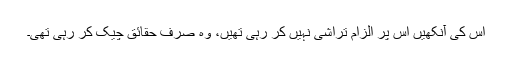
اس کی آنکھیں اس پر الزام تراشی نہیں کر رہی تھیں، وہ صرف حقائق چیک کر رہی تھی۔